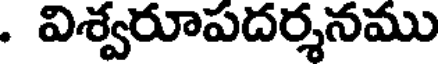
. విశ్వరూపదర్శనము